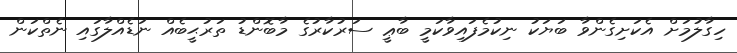
ހިގާލުމަށް އެކަށިގެންވާ ބަޔަކު ނިކުމެފައިވާކަމީ ބާޢީ ސަރުކާރުގެ މާބޮންޑު ތަރުޙީބެއް ނަޑެއްލާގައި ނެތްކަން